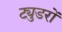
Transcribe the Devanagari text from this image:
ट्युडरों